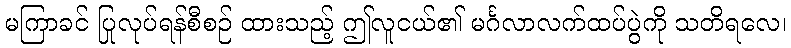
မကြာခင် ပြုလုပ်ရန်စီစဉ် ထားသည့် ဤလူငယ်၏ မင်္ဂလာလက်ထပ်ပွဲကို သတိရလေ၊